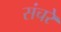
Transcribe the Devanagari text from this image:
संचरे